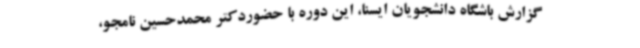
گزارش باشگاه دانشجویان ایسنا، این دوره با حضوردکتر محمدحسین نامجو،